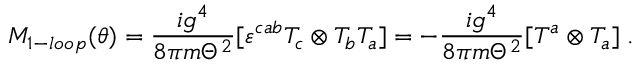
{ \cal M } _ { 1 - l o o p } ( \theta ) = \frac { i g ^ { 4 } } { 8 \pi m \Theta ^ { 2 } } [ \varepsilon ^ { c a b } T _ { c } \otimes T _ { b } T _ { a } ] = - \frac { i g ^ { 4 } } { 8 \pi m \Theta ^ { 2 } } [ T ^ { a } \otimes T _ { a } ] \; .